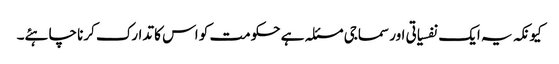
کیونکہ یہ ایک نفسیاتی اور سماجی مسئلہ ہے حکومت کو اس کا تدارک کرنا چاہئے۔